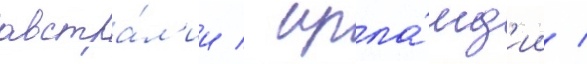
австра́л'ии / ирла́нд'ии /